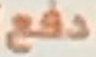
دفع